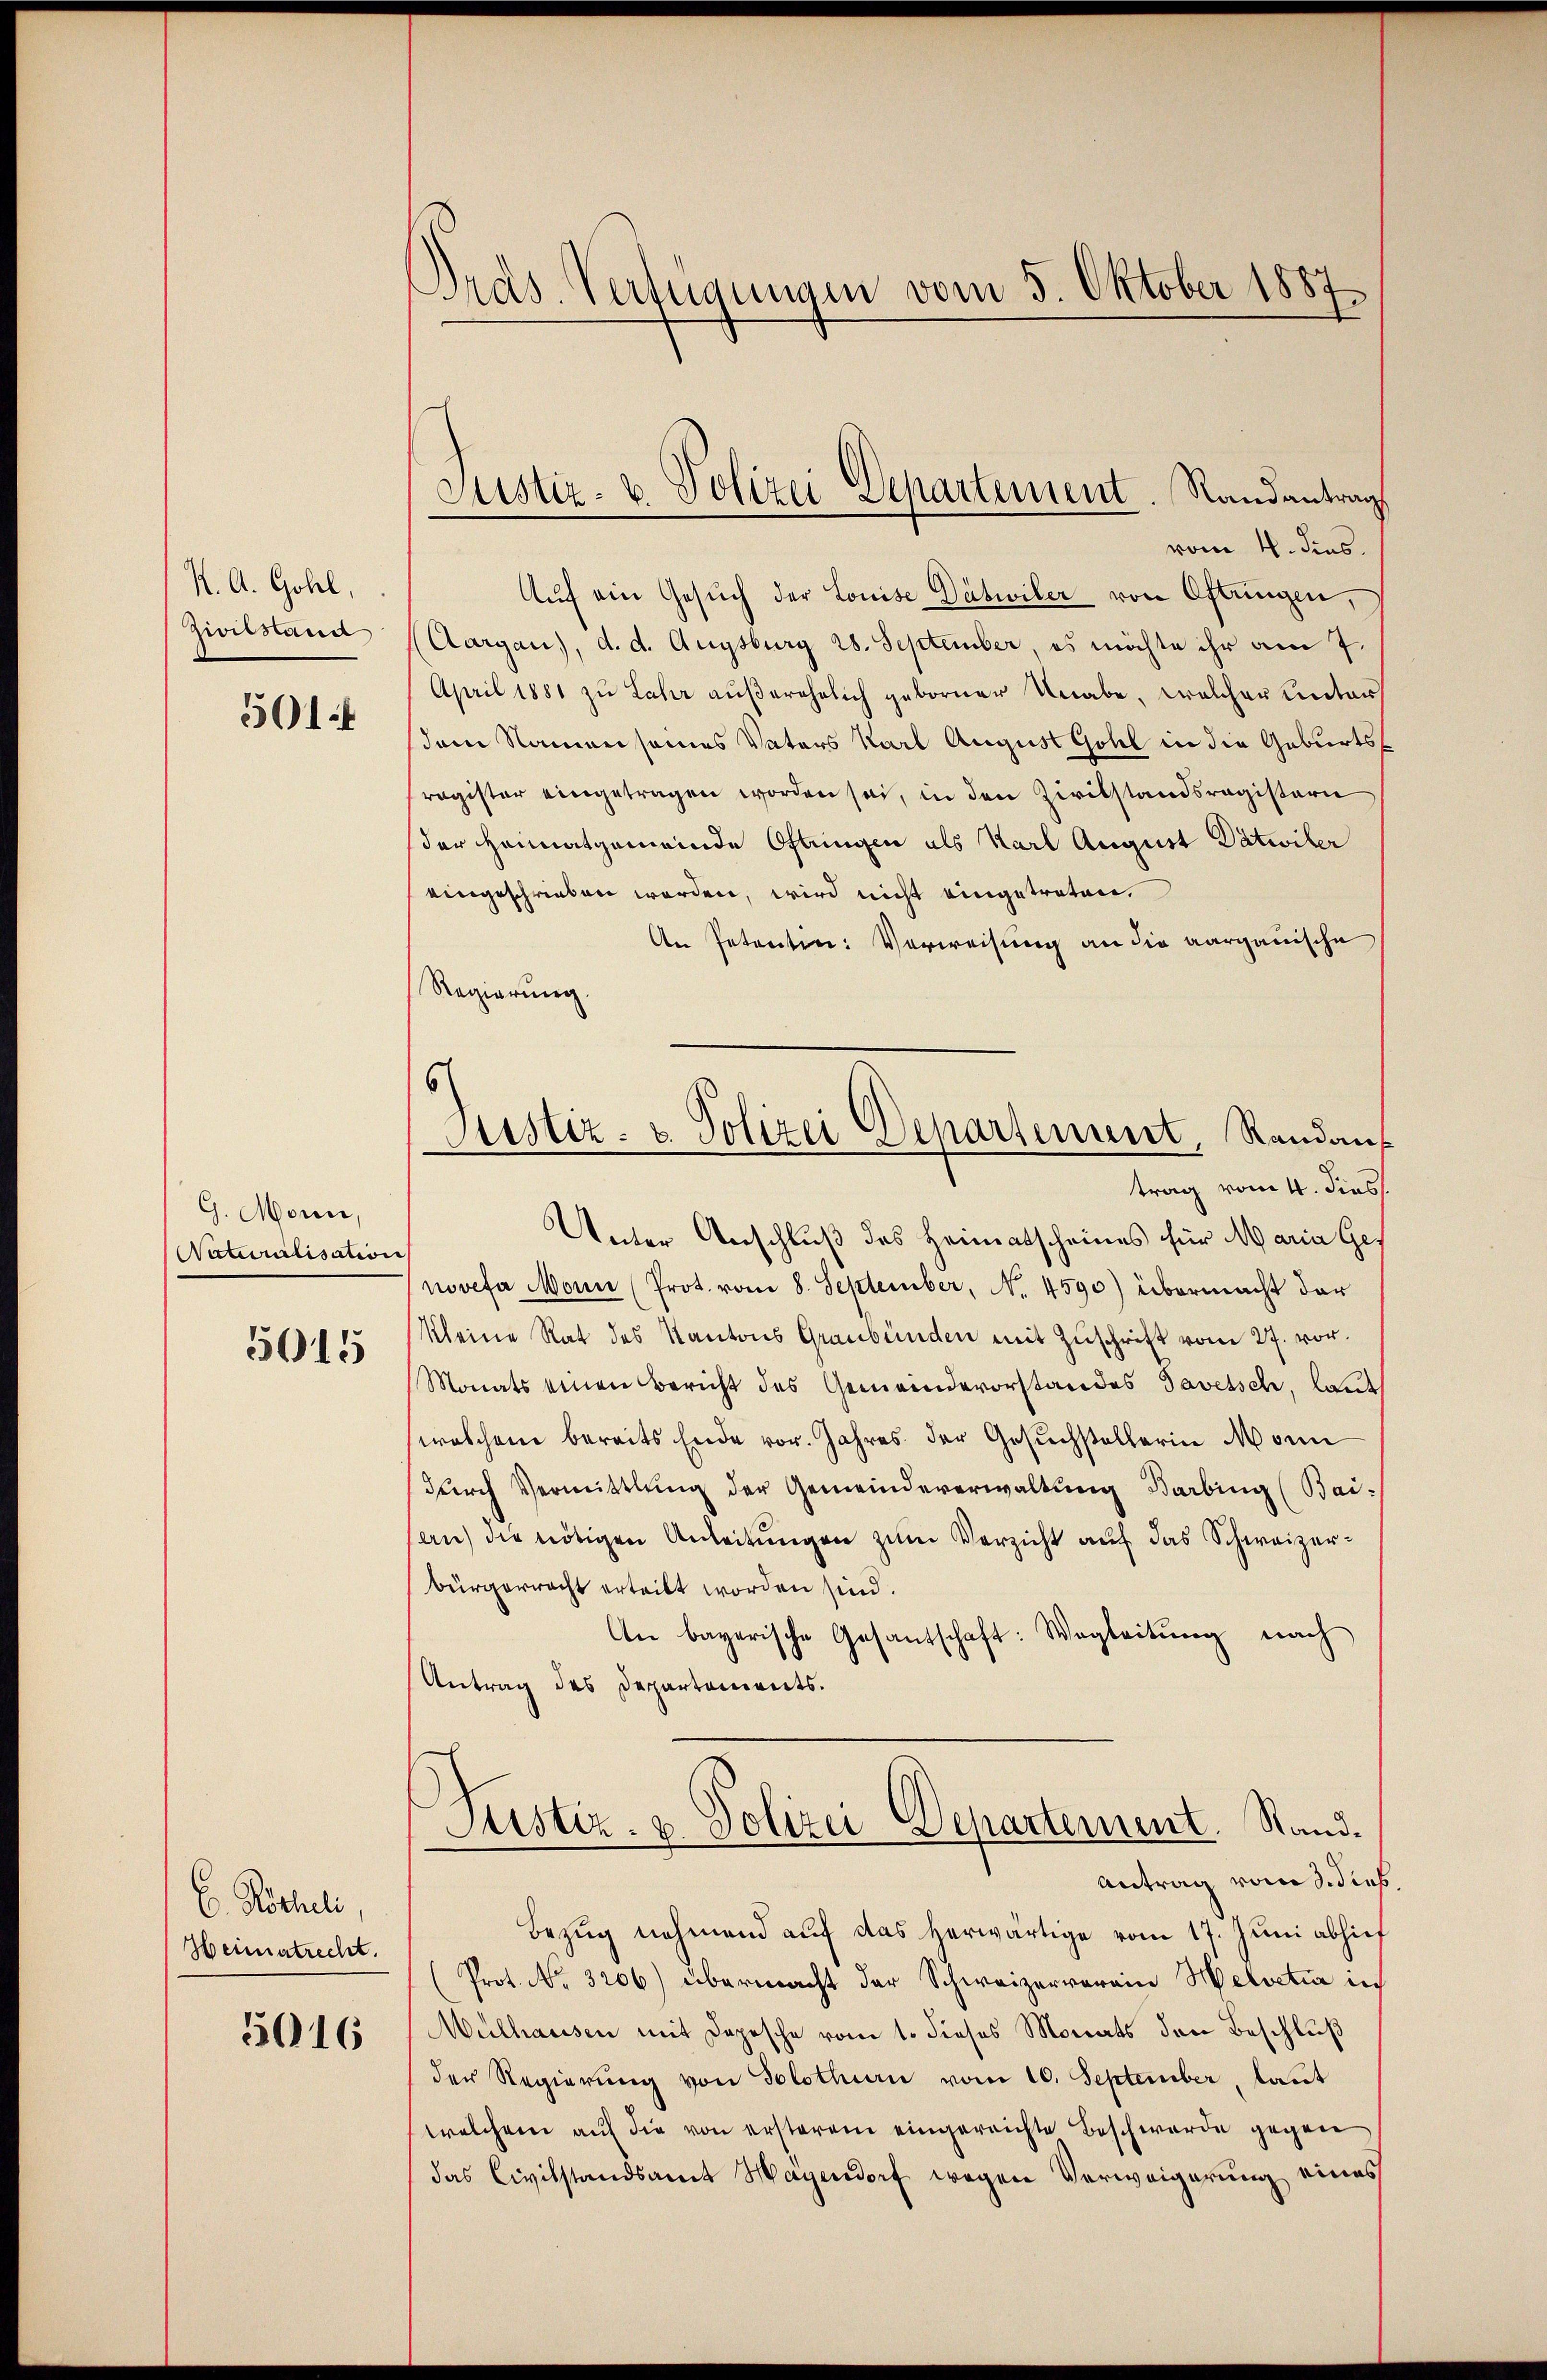
K. A. Gohl,
Zivilstand

5014

G. Monn,
Naturalisation

5015

E. Rocheli
Heimatrecht.
5016

Ords-Verfügungen vom 5. Oktober 1887

Justiz- & Polizei Departement. Randantrag

6
Justiz- & Polizei Departement, Randaus
trag vom 4. dies

vom 4. dies.
Auf ein Gesŭch der Louise Dätwiler von Oftungen,
Aargau), d. d. Augsburg 28. September, es möchte ihr am 7.
April 1881 zu Lahr außerehelich geborner Unabe, welcher Unters
dem Namensames Vaters Karl August Gohl in die Geburtsragister eingetragen worden sei, in den Zivilstandsregistern
der Heimatgemeinde Oftringen als Karl August Dätwiler
eingeschrieben werden, wird nicht eingetreten.
An Petentin: Verweisung an die aargauische
Regierung
Unter Anschluß des Heimatscheines für Maria Ges
novefa Mann (Prot. vom 8. September, No. 4590) übermacht dar
Kleine Rat des Kantons Graubünden mit Zŭschrift vom 27. vor.
Monats einen Bericht des Gemeindevorstandes Tavetsch, laut
welchen bereits Ende vor. Jahres der Gesuchstellerin Monn
durch Vermittlung der Gemeindeverwaltung Barbing (Bai-
an) die nötigen Anleitŭngen zum Verzicht auf das Schweizerbürgerrecht erteilt worden sind.
An bayerische Gesantschaft: Wegleitŭng nach
Antrag des Departements.
Rustiz- & Polizei Departement. Stand¬
Antrag vom 3. Sieb.
Bezug nehmend aŭf das herwärtige vom 17. Juni abhief
(Prot. No. 3206) übermacht der Schweizerverein Helvetia in
Mülhausen mit Depesche vom 1. dieses Monats den Beschluß
der Regierung von Solothurn vom 10. September, laut
welchem auf die von ersterem eingereichte Beschwerde gegen
das Civilstandsamt Wagendorf wegen Verweigerung eines